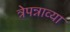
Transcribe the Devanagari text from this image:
त्रेपन्नाव्या